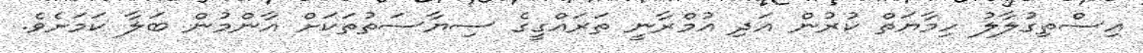
އިސްތިގުލާލު ހިމާޔަތް ކުރުން އަދި އުމްރާނީ ތަރައްގީގެ ސިޔާސަތުތަކަށް އާންމުން ބަލާ ކަމަށެވެ.